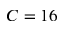
C = 1 6